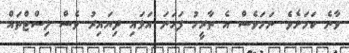
ވާނެ ކަމަށެވެ. ނަމަވެސް އެ ތާރީހު ފަހަނަ އަޅައި ދިޔައިރު ވެސް ލިސްޓްތައް